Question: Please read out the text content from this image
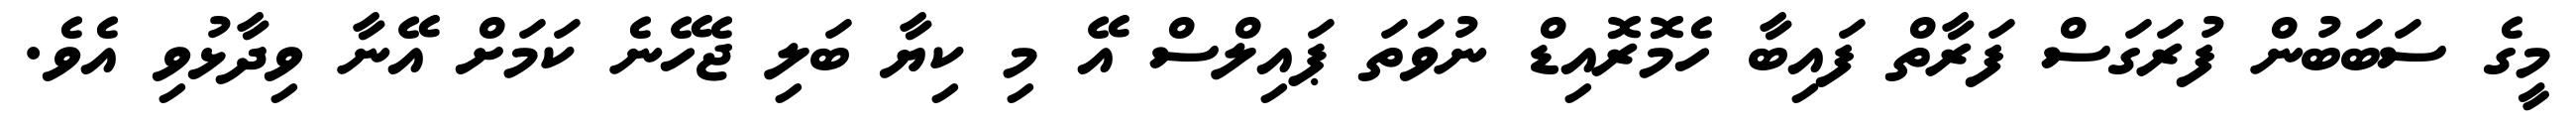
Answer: މީގެ ސަބަބުން ފުރަގަސް ފަރާތް ފައިބާ ހެމޮރޮއިޑް ނުވަތަ ޕައިލްސް އޭ މި ކިޔާ ބަލި ޖެހޭނެ ކަމަށް އޭނާ ވިދާޅުވި އެވެ.